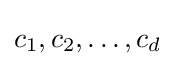
c_{1},c_{2},\dots ,c_{d}